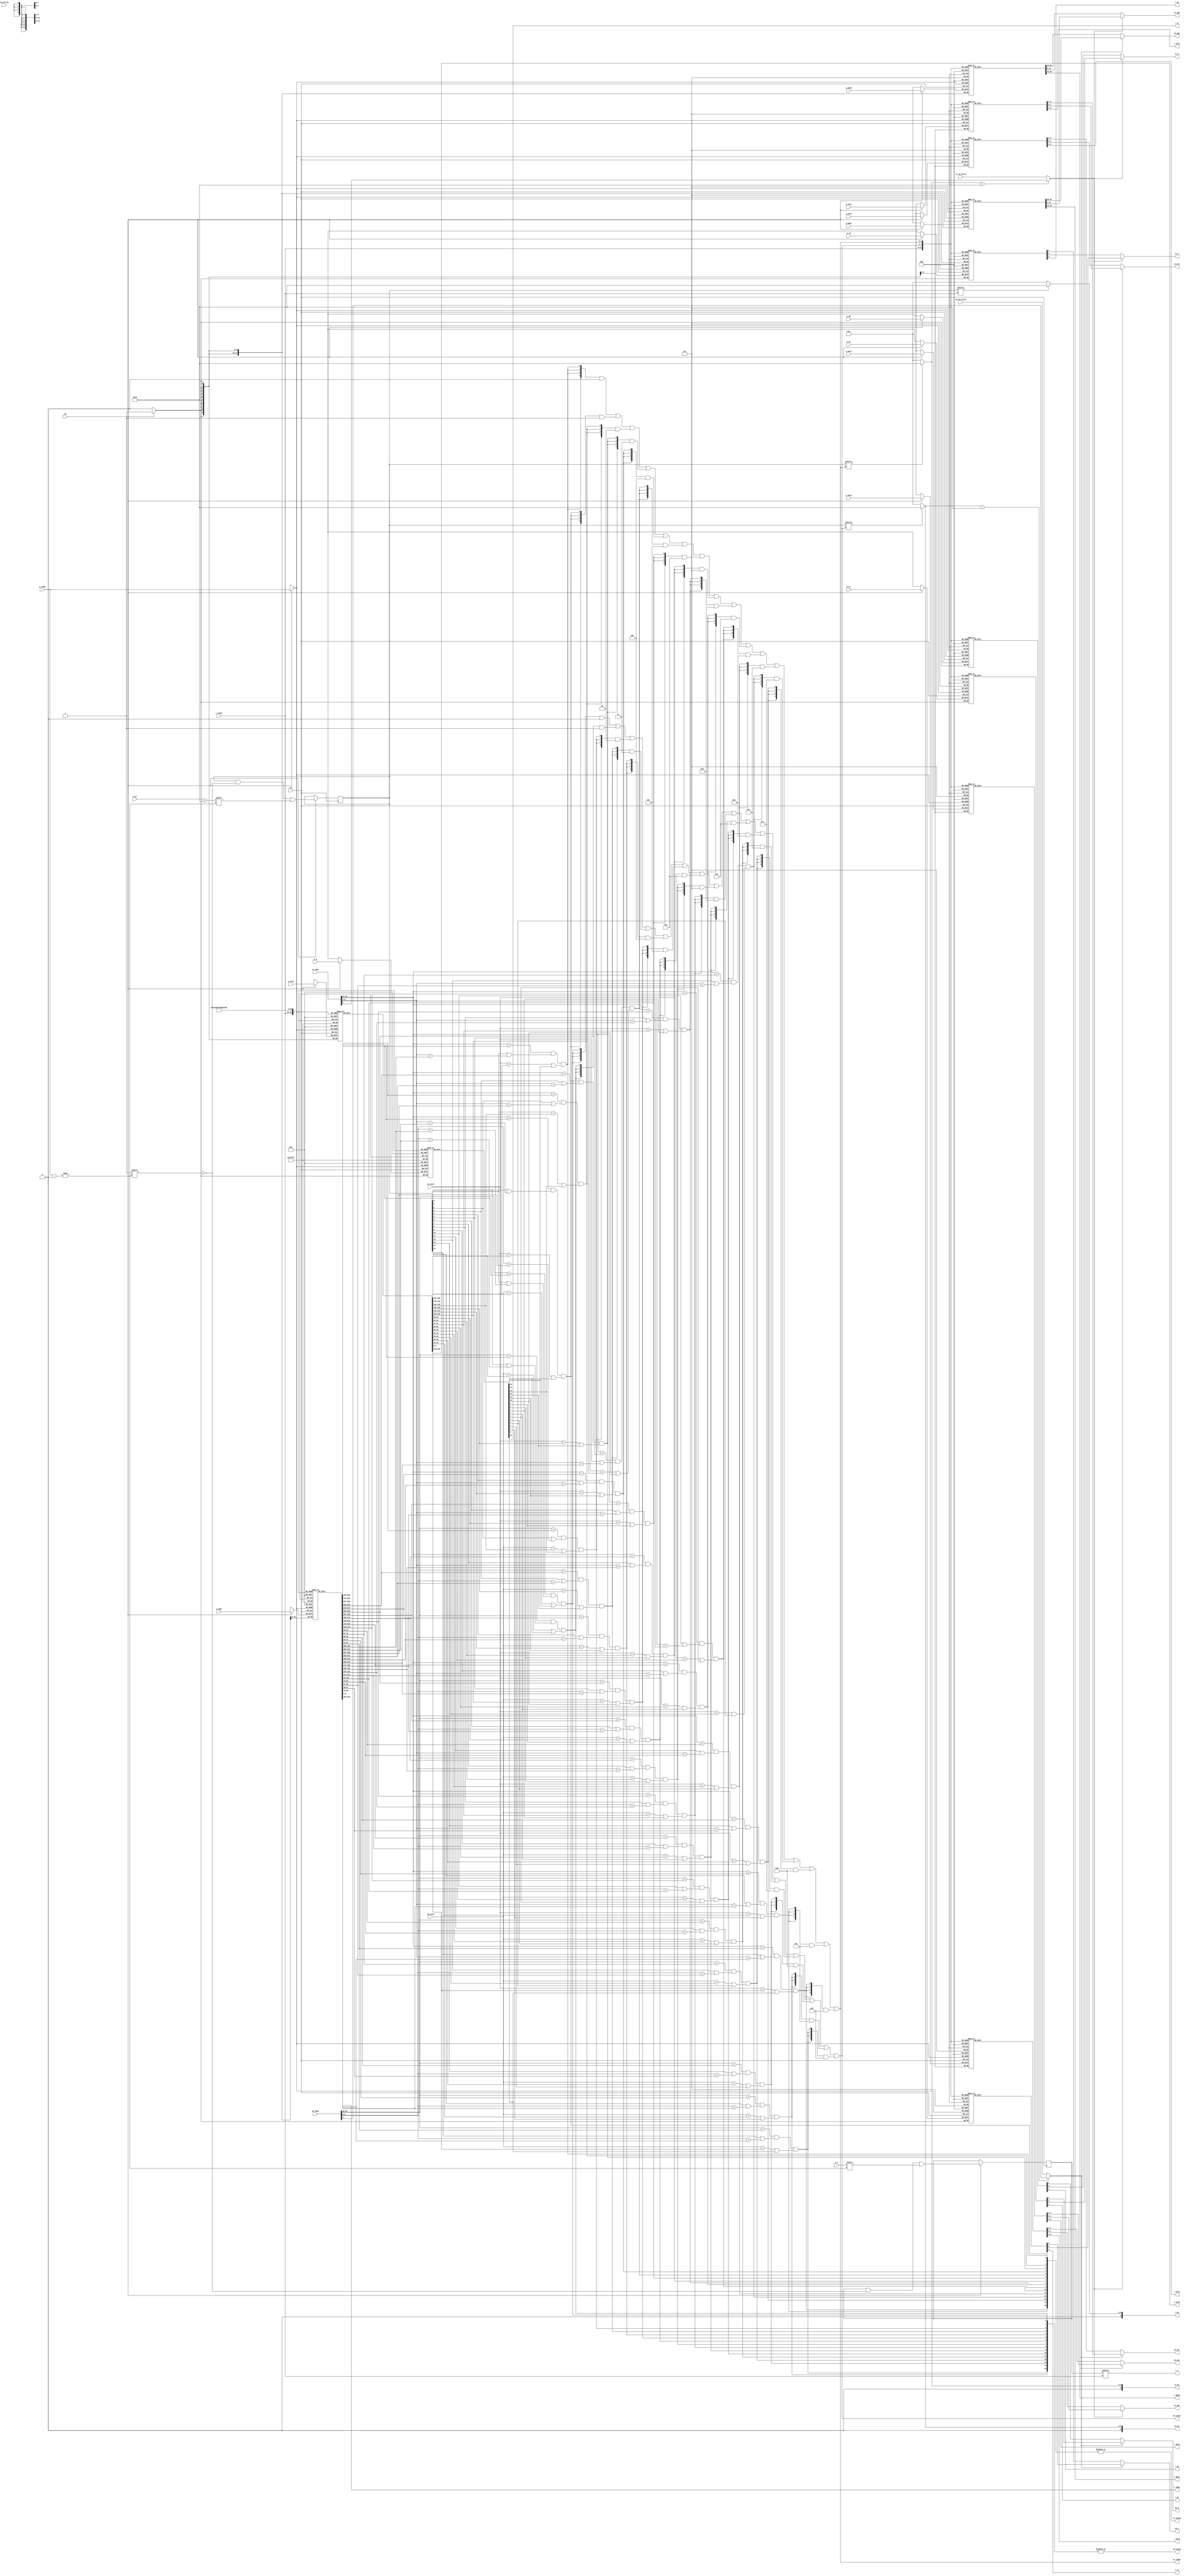
module tlb
#(
parameter TLBNUM = 16
)
(
input clk,
// search port 0 (for fetch)
input [ 18:0] s0_vppn,
input s0_va_bit12,
input [ 9:0] s0_asid,
output s0_found,
output [$clog2(TLBNUM)-1:0] s0_index,
output [ 19:0] s0_ppn,
output [ 5:0] s0_ps,
output [ 1:0] s0_plv,
output [ 1:0] s0_mat,
output s0_d,
output s0_v,
// search port 1 (for load/store)
input [ 18:0] s1_vppn,
input s1_va_bit12,
input [ 9:0] s1_asid,
output s1_found,
output [$clog2(TLBNUM)-1:0] s1_index,
output [ 19:0] s1_ppn,
output [ 5:0] s1_ps,
output [ 1:0] s1_plv,
output [ 1:0] s1_mat,
output s1_d,
output s1_v,
// invtlb opcode
input [ 4:0] invtlb_op,
// write port
input we, //w(rite) e(nable)
input [$clog2(TLBNUM)-1:0] w_index,
input w_e,
input [ 18:0] w_vppn,
input [ 5:0] w_ps,
input [ 9:0] w_asid,
input w_g,
input [ 19:0] w_ppn0,
input [ 1:0] w_plv0,
input [ 1:0] w_mat0,
input w_d0,
input w_v0,
input [ 19:0] w_ppn1,
input [ 1:0] w_plv1,
input [ 1:0] w_mat1,
input w_d1,
input w_v1,
// read port
input [$clog2(TLBNUM)-1:0] r_index,
output r_e,
output [ 18:0] r_vppn,
output [ 5:0] r_ps,
output [ 9:0] r_asid,
output r_g,
output [ 19:0] r_ppn0,
output [ 1:0] r_plv0,
output [ 1:0] r_mat0,
output r_d0,
output r_v0,
output [ 19:0] r_ppn1,
output [ 1:0] r_plv1,
output [ 1:0] r_mat1,
output r_d1,
output r_v1
);
reg [TLBNUM-1:0] tlb_e;
reg [TLBNUM-1:0] tlb_ps4MB; //pagesize 1:4MB, 0:4KB
reg [ 18:0] tlb_vppn [TLBNUM-1:0];
reg [ 9:0] tlb_asid [TLBNUM-1:0];
reg tlb_g [TLBNUM-1:0];
reg [ 19:0] tlb_ppn0 [TLBNUM-1:0];
reg [ 1:0] tlb_plv0 [TLBNUM-1:0];
reg [ 1:0] tlb_mat0 [TLBNUM-1:0];
reg tlb_d0 [TLBNUM-1:0];
reg tlb_v0 [TLBNUM-1:0];
reg [ 19:0] tlb_ppn1 [TLBNUM-1:0];
reg [ 1:0] tlb_plv1 [TLBNUM-1:0];
reg [ 1:0] tlb_mat1 [TLBNUM-1:0];
reg tlb_d1 [TLBNUM-1:0];
reg tlb_v1 [TLBNUM-1:0];


wire s0_choose_bit;
wire s1_choose_bit;

assign s0_choose_bit = (s0_ps == 6'd22)? s0_vppn[9] : s0_va_bit12;
assign s1_choose_bit = (s1_ps == 6'd22)? s1_vppn[9] : s1_va_bit12;

//
always @(posedge clk) begin
    if (we) begin
       tlb_e     [w_index] <= w_e;
       tlb_ps4MB [w_index] <= w_ps == 6'd22;
       tlb_vppn  [w_index] <= w_vppn;
       tlb_asid  [w_index] <= w_asid;
       tlb_g     [w_index] <= w_g;
       tlb_ppn0  [w_index] <= w_ppn0;
       tlb_plv0  [w_index] <= w_plv0;
       tlb_mat0  [w_index] <= w_mat0;
       tlb_d0    [w_index] <= w_d0;
       tlb_v0    [w_index] <= w_v0;
       tlb_ppn1  [w_index] <= w_ppn1;
       tlb_plv1  [w_index] <= w_plv1;
       tlb_mat1  [w_index] <= w_mat1;
       tlb_d1    [w_index] <= w_d1;
       tlb_v1    [w_index] <= w_v1;
    end
end

//
assign r_e    = tlb_e     [r_index];
assign r_vppn = tlb_vppn  [r_index];
assign r_ps   = tlb_ps4MB [r_index]? 6'd22 : 6'd12;  
assign r_asid = tlb_asid  [r_index]; 
assign r_g    = tlb_g     [r_index];  
assign r_ppn0 = tlb_ppn0  [r_index];
assign r_plv0 = tlb_plv0  [r_index];
assign r_mat0 = tlb_mat0  [r_index];
assign r_d0   = tlb_d0    [r_index];
assign r_v0   = tlb_v0    [r_index];
assign r_ppn1 = tlb_ppn1  [r_index];
assign r_plv1 = tlb_plv1  [r_index];
assign r_mat1 = tlb_mat1  [r_index];
assign r_d1   = tlb_d1    [r_index];
assign r_v1   = tlb_v1    [r_index]; 

//
wire [TLBNUM-1 : 0] match0;
genvar i0;
generate for (i0=0; i0<TLBNUM; i0=i0+1) begin : gen_for_match0
          assign match0[ i0] = (s0_vppn[18:10]==tlb_vppn[ i0][18:10]) 
                && (tlb_ps4MB[ i0] || s0_vppn[9:0]==tlb_vppn[ i0][9:0])
                && ((s0_asid==tlb_asid[ i0]) || tlb_g[ i0]);
end endgenerate

wire [TLBNUM-1 : 0] match1;
genvar i1;
generate for (i1=0; i1<TLBNUM; i1=i1+1) begin : gen_for_match1
          assign match1[ i1] = (s1_vppn[18:10]==tlb_vppn[ i1][18:10]) 
                && (tlb_ps4MB[ i1] || s1_vppn[9:0]==tlb_vppn[ i1][9:0])
                && ((s1_asid==tlb_asid[ i1]) || tlb_g[ i1]);
end endgenerate


assign s0_found = |match0;
assign s0_index = {4{match0[ 0]}} & 4'd0  | 
                  {4{match0[ 1]}} & 4'd1  | 
                  {4{match0[ 2]}} & 4'd2  | 
                  {4{match0[ 3]}} & 4'd3  | 
                  {4{match0[ 4]}} & 4'd4  | 
                  {4{match0[ 5]}} & 4'd5  | 
                  {4{match0[ 6]}} & 4'd6  | 
                  {4{match0[ 7]}} & 4'd7  | 
                  {4{match0[ 8]}} & 4'd8  | 
                  {4{match0[ 9]}} & 4'd9  | 
                  {4{match0[10]}} & 4'd10 | 
                  {4{match0[11]}} & 4'd11 | 
                  {4{match0[12]}} & 4'd12 | 
                  {4{match0[13]}} & 4'd13 | 
                  {4{match0[14]}} & 4'd14 | 
                  {4{match0[15]}} & 4'd15 ;

assign s0_ppn = (s0_choose_bit)? tlb_ppn1[s0_index] : tlb_ppn0[s0_index];
assign s0_ps  = tlb_ps4MB [s0_index]? 6'd22 : 6'd12; 
assign s0_mat = (s0_choose_bit)? tlb_mat1[s0_index] : tlb_mat0[s0_index];
assign s0_d   = (s0_choose_bit)? tlb_d1  [s0_index] : tlb_d0  [s0_index];
assign s0_plv = (s0_choose_bit)? tlb_plv1[s0_index] : tlb_plv0[s0_index];
assign s0_v   = (s0_choose_bit)? tlb_v1  [s0_index] : tlb_v0  [s0_index];


assign s1_found = |match1;
assign s1_index = {4{match1[ 0]}} & 4'd0  | 
                  {4{match1[ 1]}} & 4'd1  | 
                  {4{match1[ 2]}} & 4'd2  | 
                  {4{match1[ 3]}} & 4'd3  | 
                  {4{match1[ 4]}} & 4'd4  | 
                  {4{match1[ 5]}} & 4'd5  | 
                  {4{match1[ 6]}} & 4'd6  | 
                  {4{match1[ 7]}} & 4'd7  | 
                  {4{match1[ 8]}} & 4'd8  | 
                  {4{match1[ 9]}} & 4'd9  | 
                  {4{match1[10]}} & 4'd10 | 
                  {4{match1[11]}} & 4'd11 | 
                  {4{match1[12]}} & 4'd12 | 
                  {4{match1[13]}} & 4'd13 | 
                  {4{match1[14]}} & 4'd14 | 
                  {4{match1[15]}} & 4'd15 ;

assign s1_ppn = (s1_choose_bit)? tlb_ppn1[s1_index] : tlb_ppn0[s1_index];
assign s1_ps  = tlb_ps4MB [s1_index]? 6'd22 : 6'd12;
assign s1_mat = (s1_choose_bit)? tlb_mat1[s1_index] : tlb_mat0[s1_index];
assign s1_d   = (s1_choose_bit)? tlb_d1  [s1_index] : tlb_d0  [s1_index];
assign s1_plv = (s1_choose_bit)? tlb_plv1[s1_index] : tlb_plv0[s1_index];
assign s1_v   = (s1_choose_bit)? tlb_v1  [s1_index] : tlb_v0  [s1_index];



endmodule